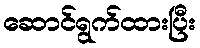
ဆောင်ရွက်ထားပြီး